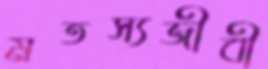
মতস্যজীবী